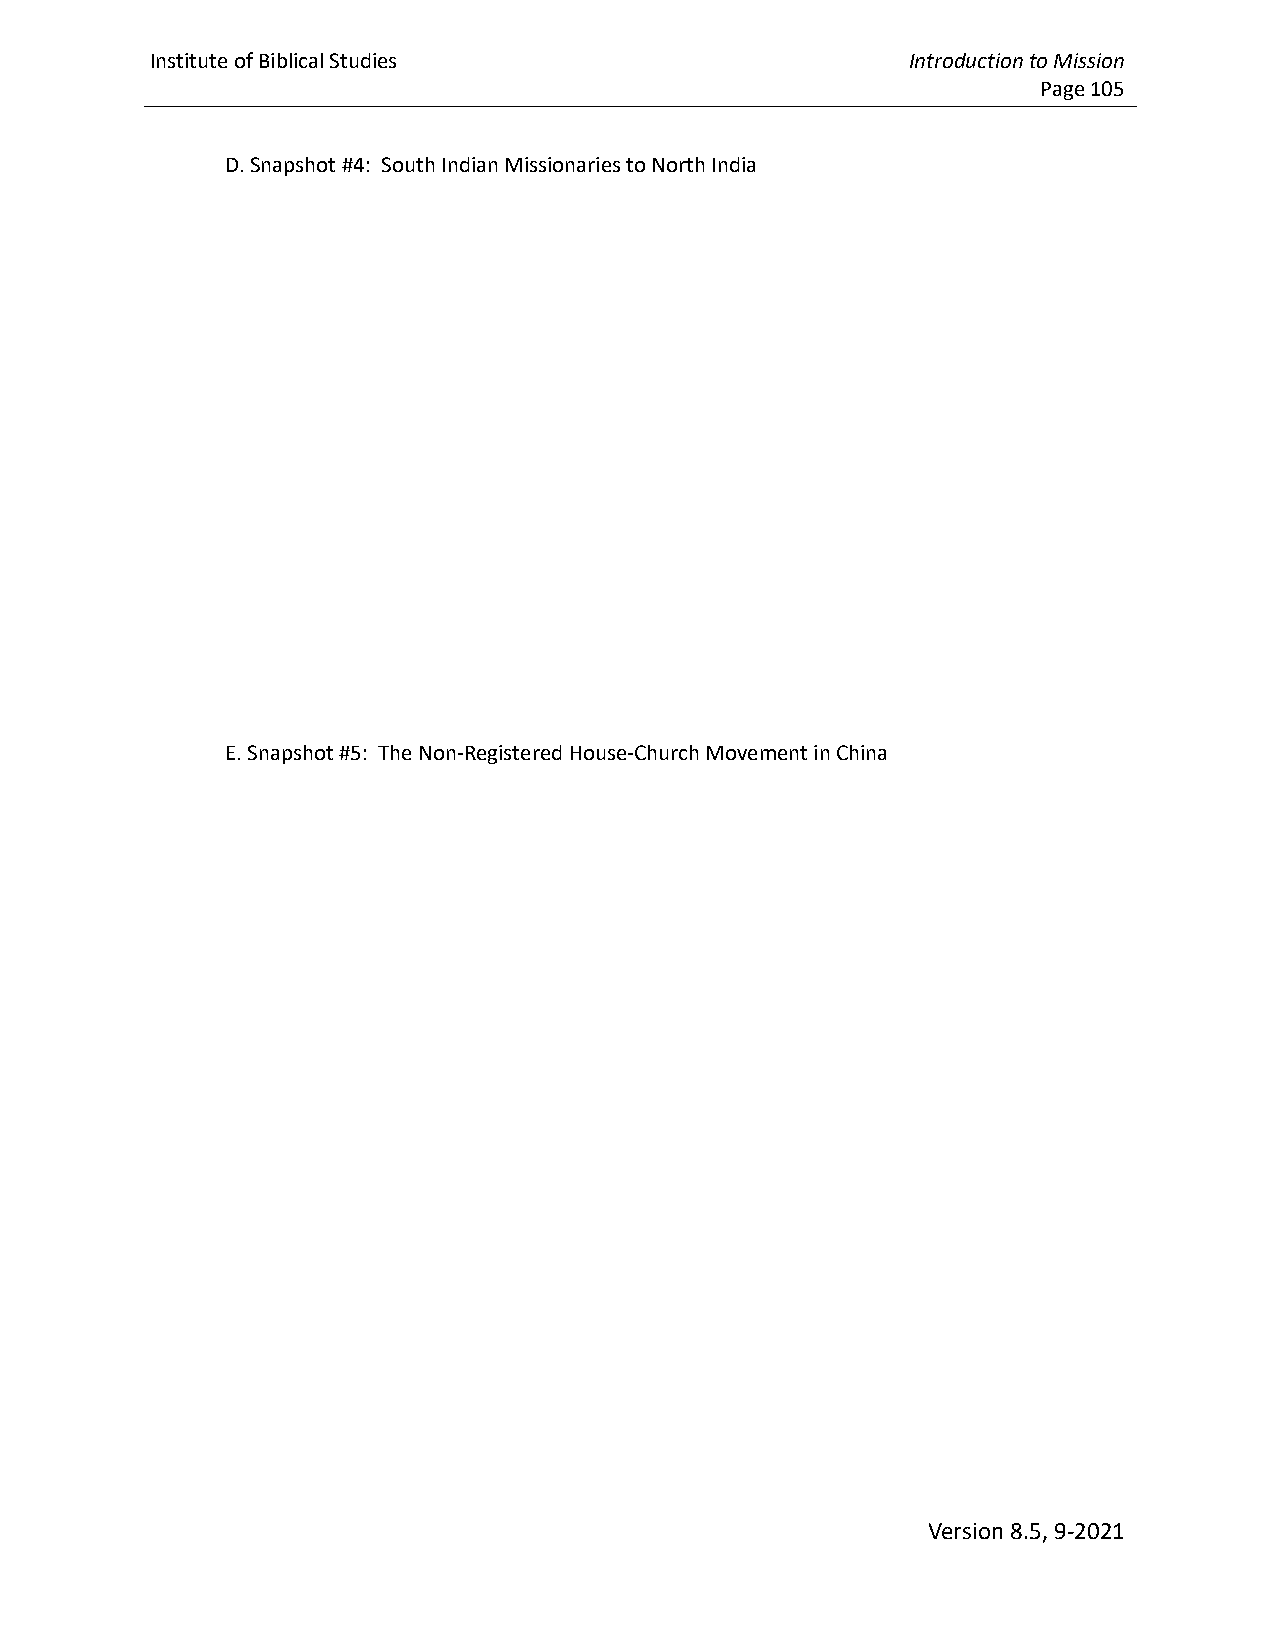
Institute of Biblical Studies                     Introduction to Mission
 Page 105
 D. Snapshot #4: South Indian Missionaries to North India
 E. Snapshot #5: The Non-Registered House-Church Movement in China
 Version 8.5, 9-2021